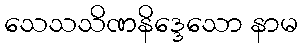
သေသသိဏနိဒ္ဒေသော နာမ